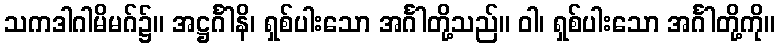
သကဒါဂါမိမဂ်၌။ အဋ္ဌင်္ဂါနိ၊ ရှစ်ပါးသော အင်္ဂါတို့သည်။ ဝါ၊ ရှစ်ပါးသော အင်္ဂါတို့ကို။